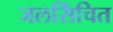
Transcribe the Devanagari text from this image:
जलसिंचित